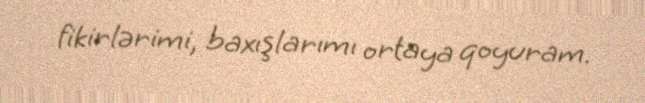
fikirlərimi, baxışlarımı ortaya qoyuram.